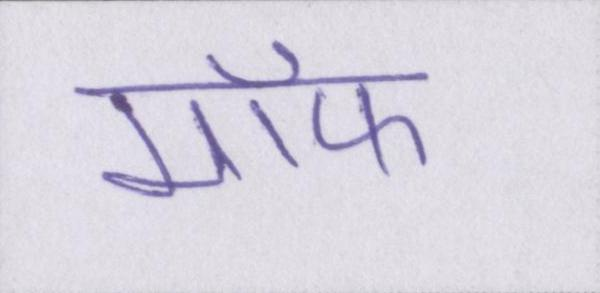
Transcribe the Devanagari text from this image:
मॉफ